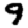
Digit: 9